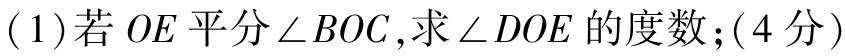
(1)若 \(OE\) 平分 \(\angle BOC\),求 \(\angle DOE\) 的度数；(4分)